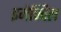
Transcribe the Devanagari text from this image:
इमेक्विल